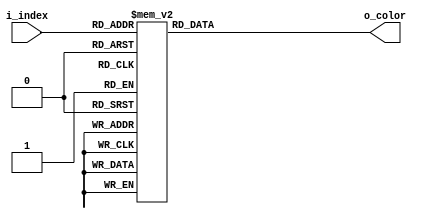
module bitmap2_palette (
  input  wire [3:0] i_index,
  output reg  [8:0] o_color
);

  always @(*) begin
    case(i_index)
      4'd00: o_color = 9'h000;
      4'd01: o_color = 9'h027;
      4'd02: o_color = 9'h00B;
      4'd03: o_color = 9'h078;
      4'd04: o_color = 9'h0CF;
      4'd05: o_color = 9'h124;
      4'd06: o_color = 9'h1C0;
      4'd07: o_color = 9'h1CC;
      4'd08: o_color = 9'h1E0;
      4'd09: o_color = 9'h1E4;
      4'd10: o_color = 9'h1E7;
      4'd11: o_color = 9'h1F4;
      4'd12: o_color = 9'h1F8;
      4'd13: o_color = 9'h1FF;
      default: o_color = 9'h000;
    endcase
  end
endmodule